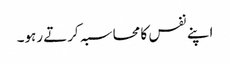
اپنے نفس کا محاسبہ کرتے رہو۔